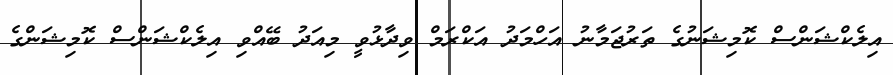
އިލެކްޝަންސް ކޮމިޝަނުގެ ތަރުޖަމާނު އަހްމަދު އަކްރަމް ވިދާޅުވީ މިއަދު ބޭއްވި އިލެކްޝަންސް ކޮމިޝަންގެ